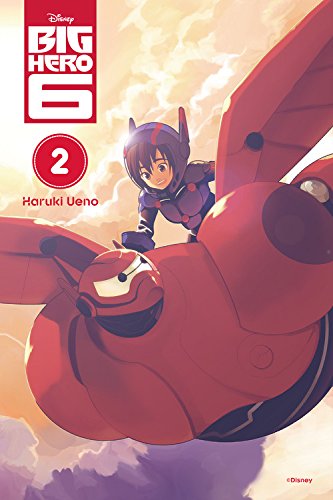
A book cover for Big Hero 6, Vol. 2; Comics & Graphic Novels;